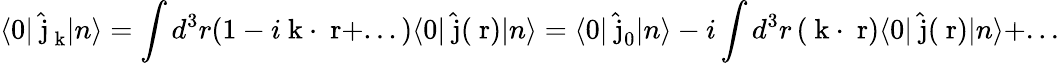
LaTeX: \langle 0|\hat{\mathrm{\mathbf~j}}_{\mathrm{\mathbf~k}}|n\rangle=\int d^{3}r(1-i\mathrm{\mathbf~k}\cdot\mathrm{\mathbf~r}+...)\langle 0|\hat{\mathrm{\mathbf~j}}(\mathrm{\mathbf~r})|n\rangle=\langle 0|\hat{\mathrm{\mathbf~j}}_{0}|n\rangle-i\int d^{3}r\, (\mathrm{\mathbf~k}\cdot\mathrm{\mathbf~r})\langle 0|\hat{\mathrm{\mathbf~j}}(\mathrm{\mathbf~r})|n\rangle+...